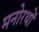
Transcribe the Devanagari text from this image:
मनोरथों